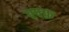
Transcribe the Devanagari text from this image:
एफ्फ़